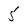
Character: 5